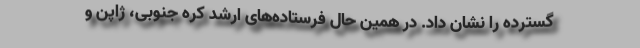
گسترده را نشان داد. در همین حال فرستاده‌های ارشد کره جنوبی، ژاپن و